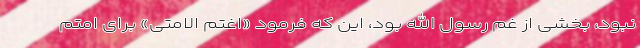
نبود، بخشی از غم رسول الله بود، این که فرمود «اغتم الامتی» برای امتم